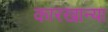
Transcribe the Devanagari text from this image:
कारखान्या